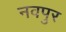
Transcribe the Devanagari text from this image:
नवपुर